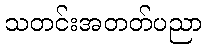
သတင်းအတတ်ပညာ